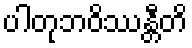
ပါတုဘဝိဿန္တီတိ